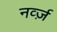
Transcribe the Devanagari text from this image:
नर्व्ज़